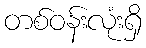
တစ်ဝန်းလုံးရှိ